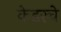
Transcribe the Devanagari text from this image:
केडरचे